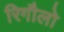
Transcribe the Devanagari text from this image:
रिगौलो